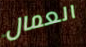
العمال